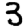
Digit: 3